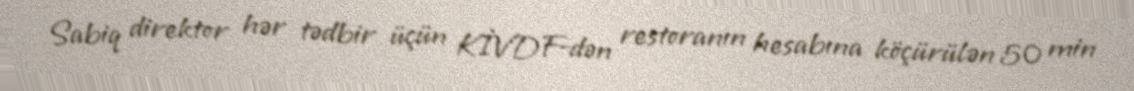
Sabiq direktor hər tədbir üçün KİVDF-dən restoranın hesabına köçürülən 50 min